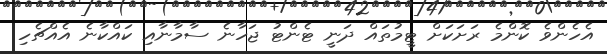
އެހެންވެ ކޮންމެ ރަށަކަށް ޓީމުތައް ދަނީ ޓެންޓު ޖަހާނެ ސާމާނާއި ކައްކާނެ އެެއްޗެހި